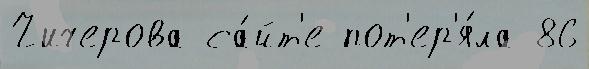
Чичерова са́йт'е пот'ер'я́ла 86